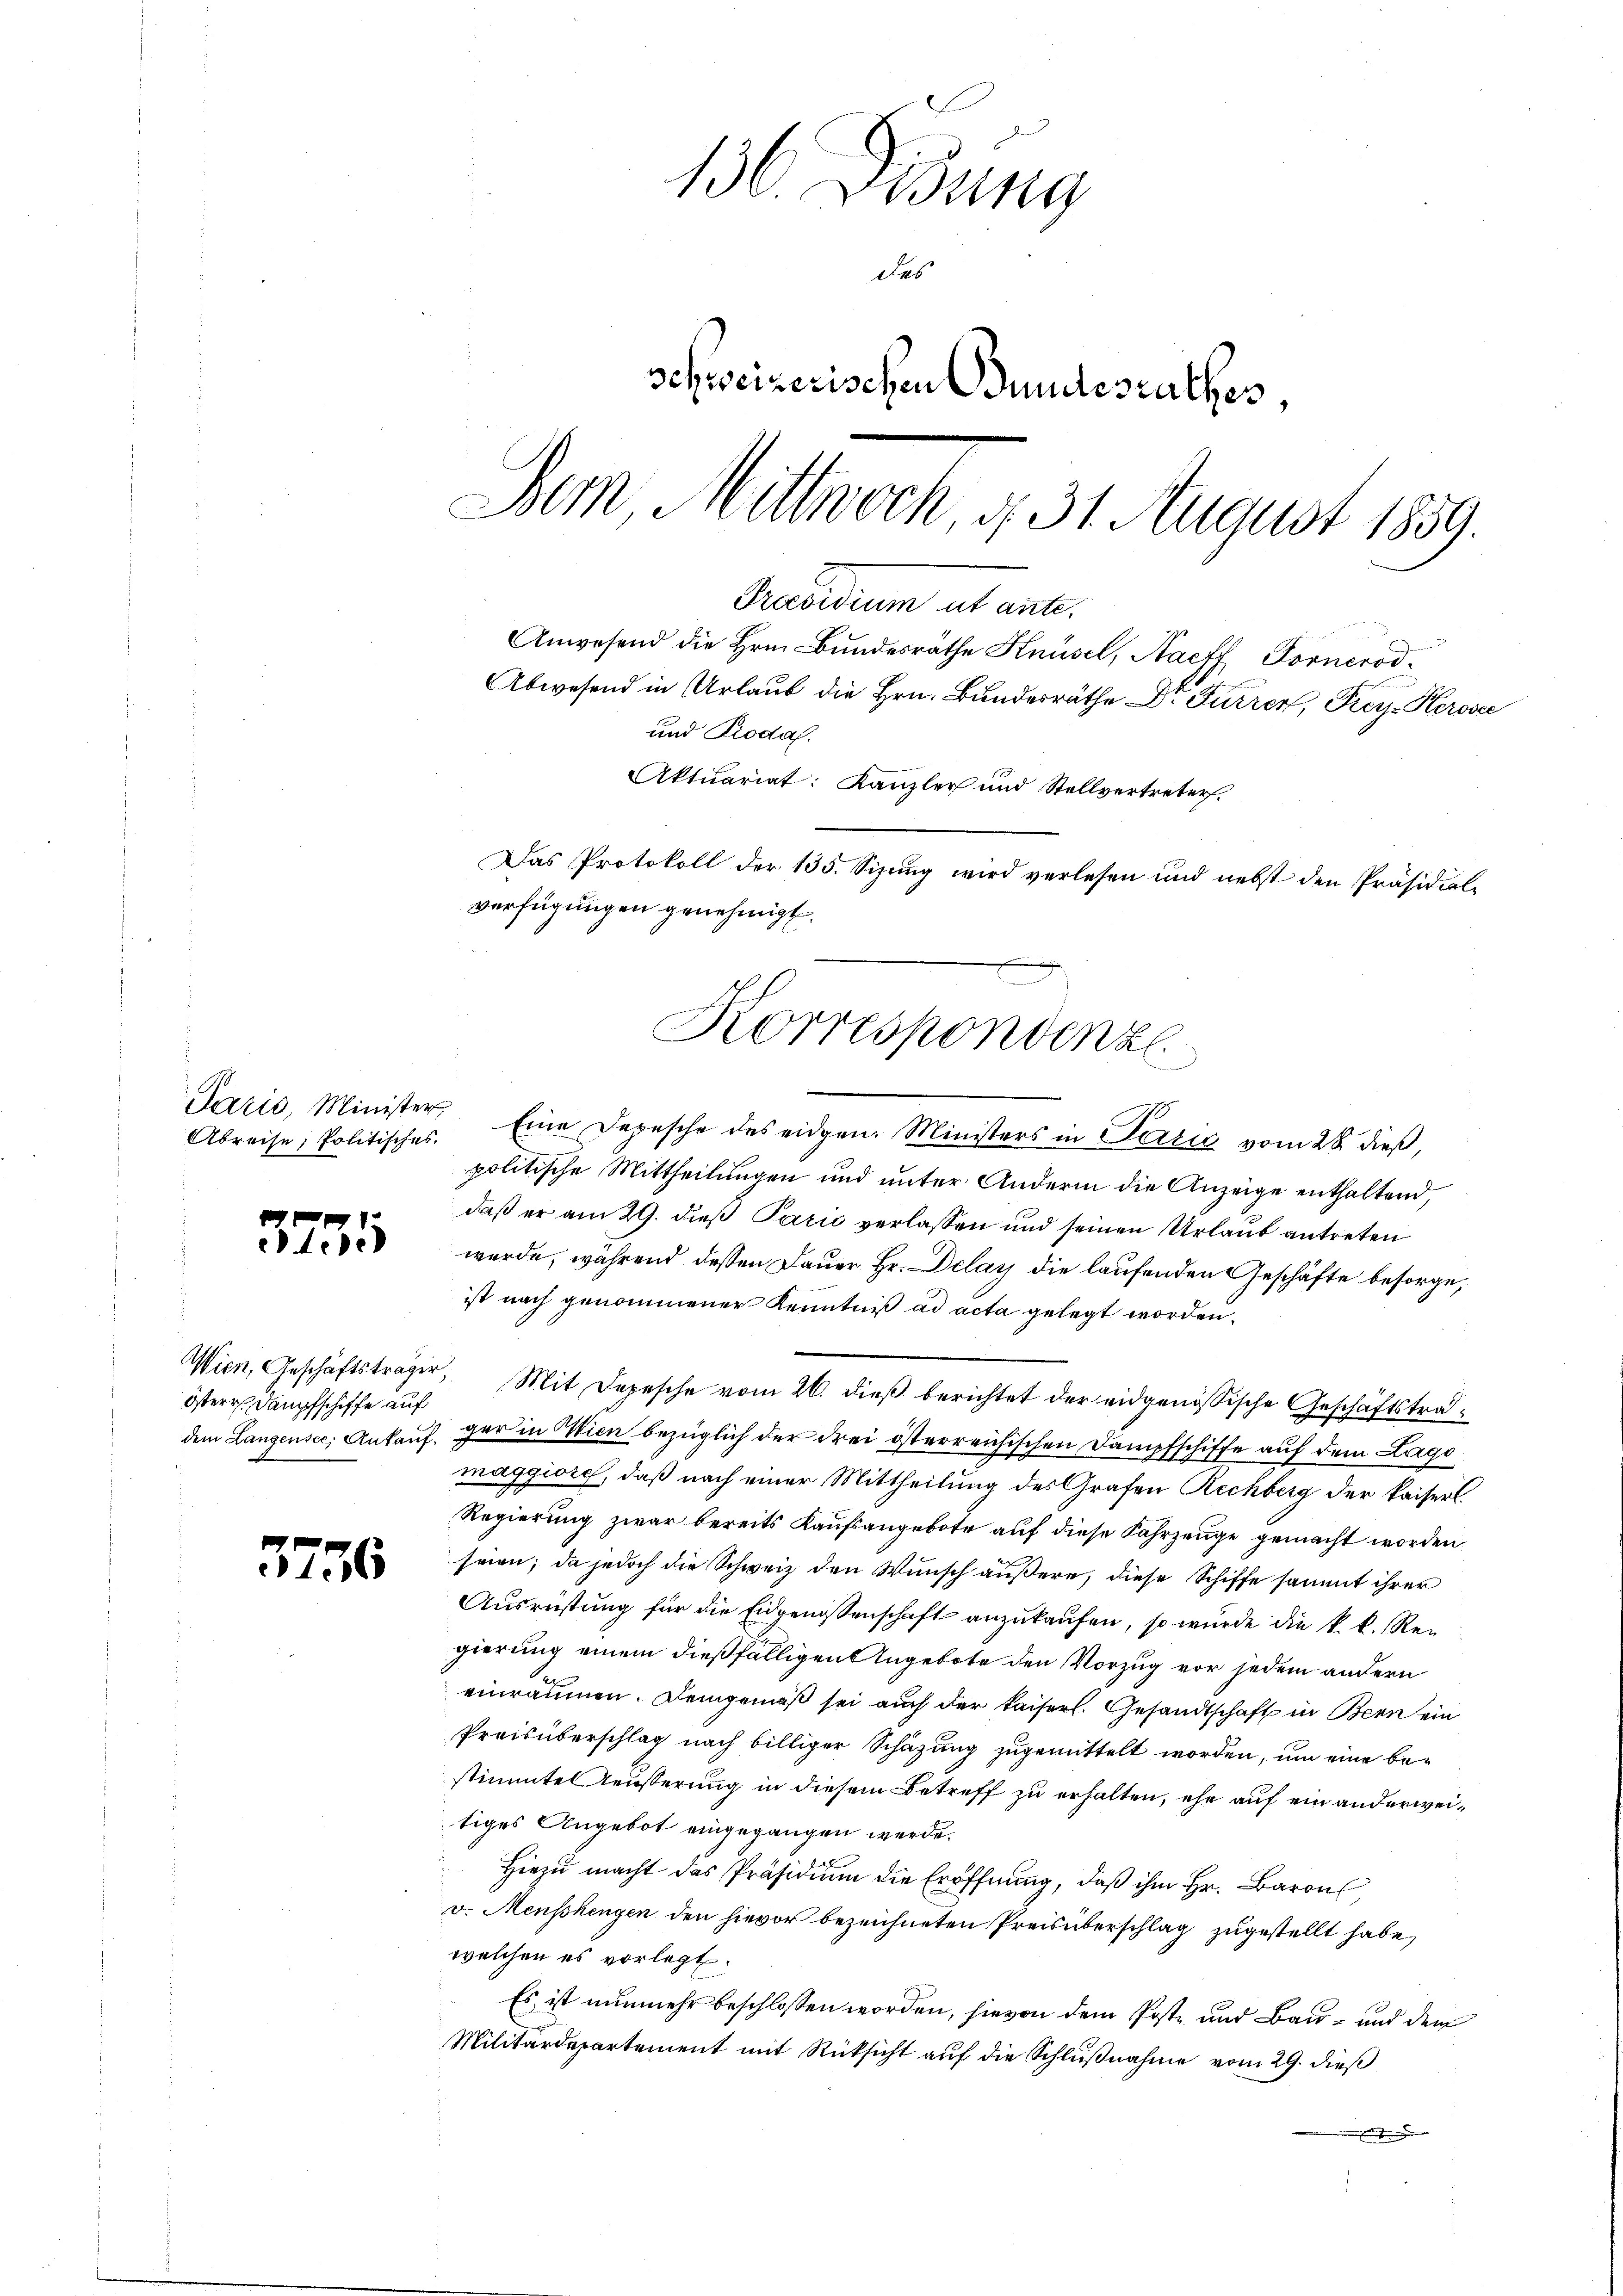
Abreise, Politisches.

e
135

öster Dampfschiffe auf

3756

136. Disung
des
schweizerischen Bundesrathes,
Dem Mittwoch, § 31 August 1859.

und Piodal.
Aktuariat: Kanzler und Stellvertreter.
Das Protokoll der 135. Sizung wird verlesen und nebst den Präsidial-
verfügungen genehmigt.
Korrespondenzl

Præsidium ab ante.
Anwesend die Hrn. Bundesräthe Knüsel, Saeff, Tornerod

Abwesend in Urlaub die Hrn. Bundesräthe Dr Furrer, Frei-Kerosec

Paris, Minister, Eine Depesche des eidgen Ministers in Pertig vom 28. dieß,
politische Mittheilungen und unter Andern die Anzeige enthaltend,
daß er am 29. dieß Parić verlassen und seinen Urlaub antreten
wurde, während dessen Dauer Hr. Delay die laufenden Geschäfte besorge,
ist nach genommener Kenntniß ad acta gelegt worden.
Wien, Geschäftsträger, Mit Depesche vom 26. dieß berichtet der eidgenössische Geschäftsträdem Langensee, Ankauf, der in Wien bezüglich der drei österreichischen Dampfschiffe auf dem Lago
maggiore, daß nach einer Mittheilung des Grafen Rechberg der kaiserl.
Regierung zwar bereits Kaufsangebote auf diese Fahrzeuge gemacht worden
seien; da jedoch die Schweiz den Wunsch äußere, diese Schiffe sammt ihrer
Ausrüstung für die Eidgenossenschaft anzukaufen, so wurde die k. k. Regierung einem dießfälligen Angebote den Vorzug vor jedem andern
einräumen. Demgemäß sei auch der Kaiserl. Gesandtschaft in Bern ein
Preisüberschlag nach billiger Schätzung zugemittelt worden, um eine bestimmte Aeusserung in diesem Betreff zu erhalten, ehe auf ein anderweitiges Angebot eingegangen werde.
Hiezu macht das Präsidium die Eröffnung, daß ihm Hr. Baron
v. Menschengen den hievor bezeichneten Preis überschlag zugestellt habe,
welchen es vorlegt.
Es ist nunmehr beschlossen worden, hievon dem Poste und Bau- und dem
Militärdepartement mit Rücksicht auf die Schlußnahme vom 29. dieß